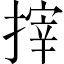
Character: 𢲟